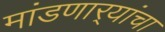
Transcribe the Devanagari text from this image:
मांडणार्‍यांचा